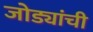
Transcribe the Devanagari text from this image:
जोड्यांची